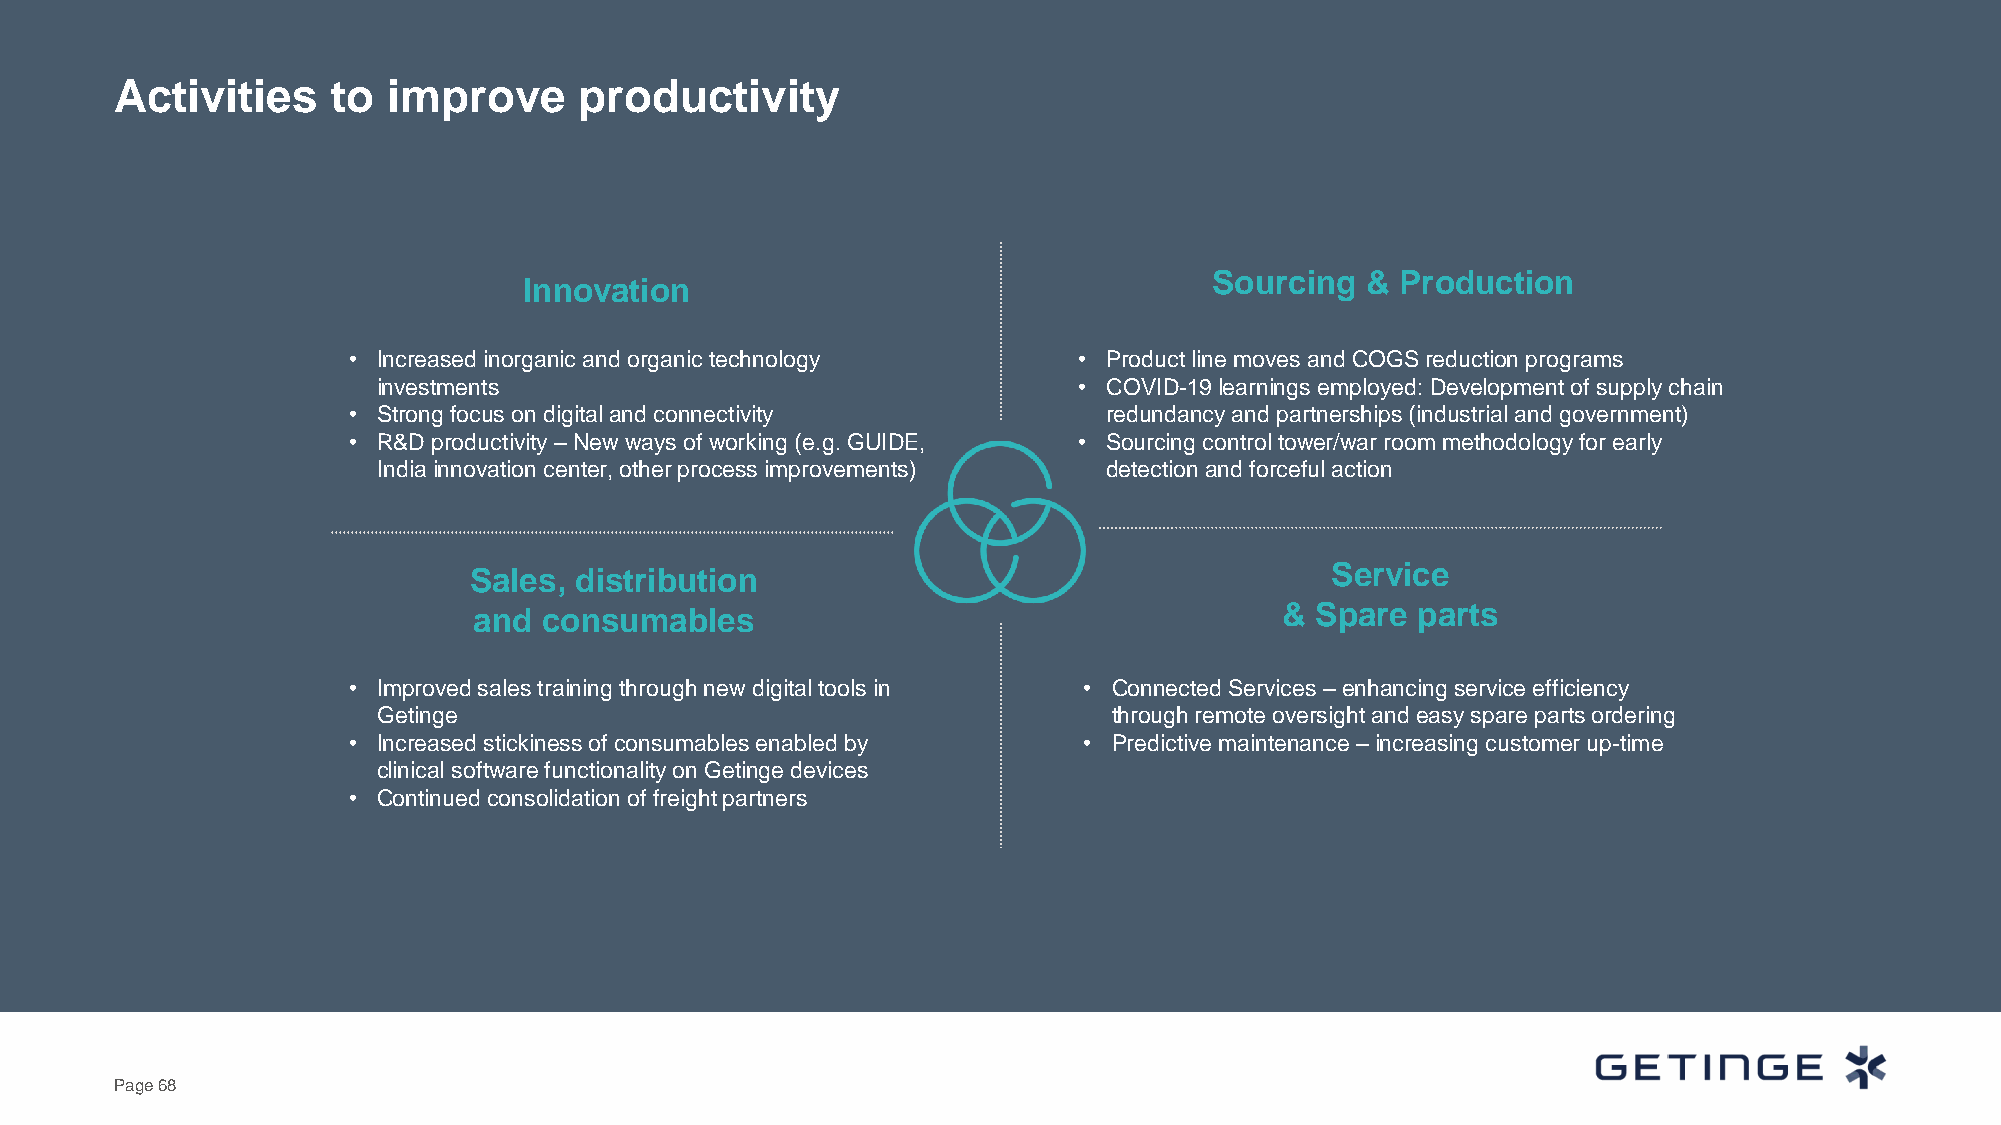
Activities    to  improve     productivity
 Sourcing  &  Production
 Innovation
 • Increased inorganic and organic technology    • Product line moves and COGS reduction programs
 investments                                   • COVID-19 learnings employed: Development of supply chain
 • Strong focus on digital and connectivity        redundancy and partnerships (industrial and government)
 • R&D productivity –New ways of working (e.g. GUIDE, • Sourcing control tower/war room methodology for early
 India innovation center, other process improvements) detection and forceful action
 Sales, distribution                                      Service
 and  consumables                                      & Spare  parts
 • Improved sales training through new digital tools in • Connected Services –enhancing service efficiency
 Getinge                                          through remote oversight and easy spare parts ordering
 • Increased stickiness of consumables enabled by • Predictive maintenance –increasing customer up-time
 clinical software functionality on Getinge devices
 • Continued consolidation of freight partners
 Page 68